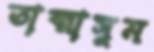
তাব্বাসুম